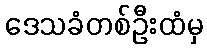
ဒေသခံတစ်ဦးထံမှ